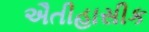
ઐતીહાસીક